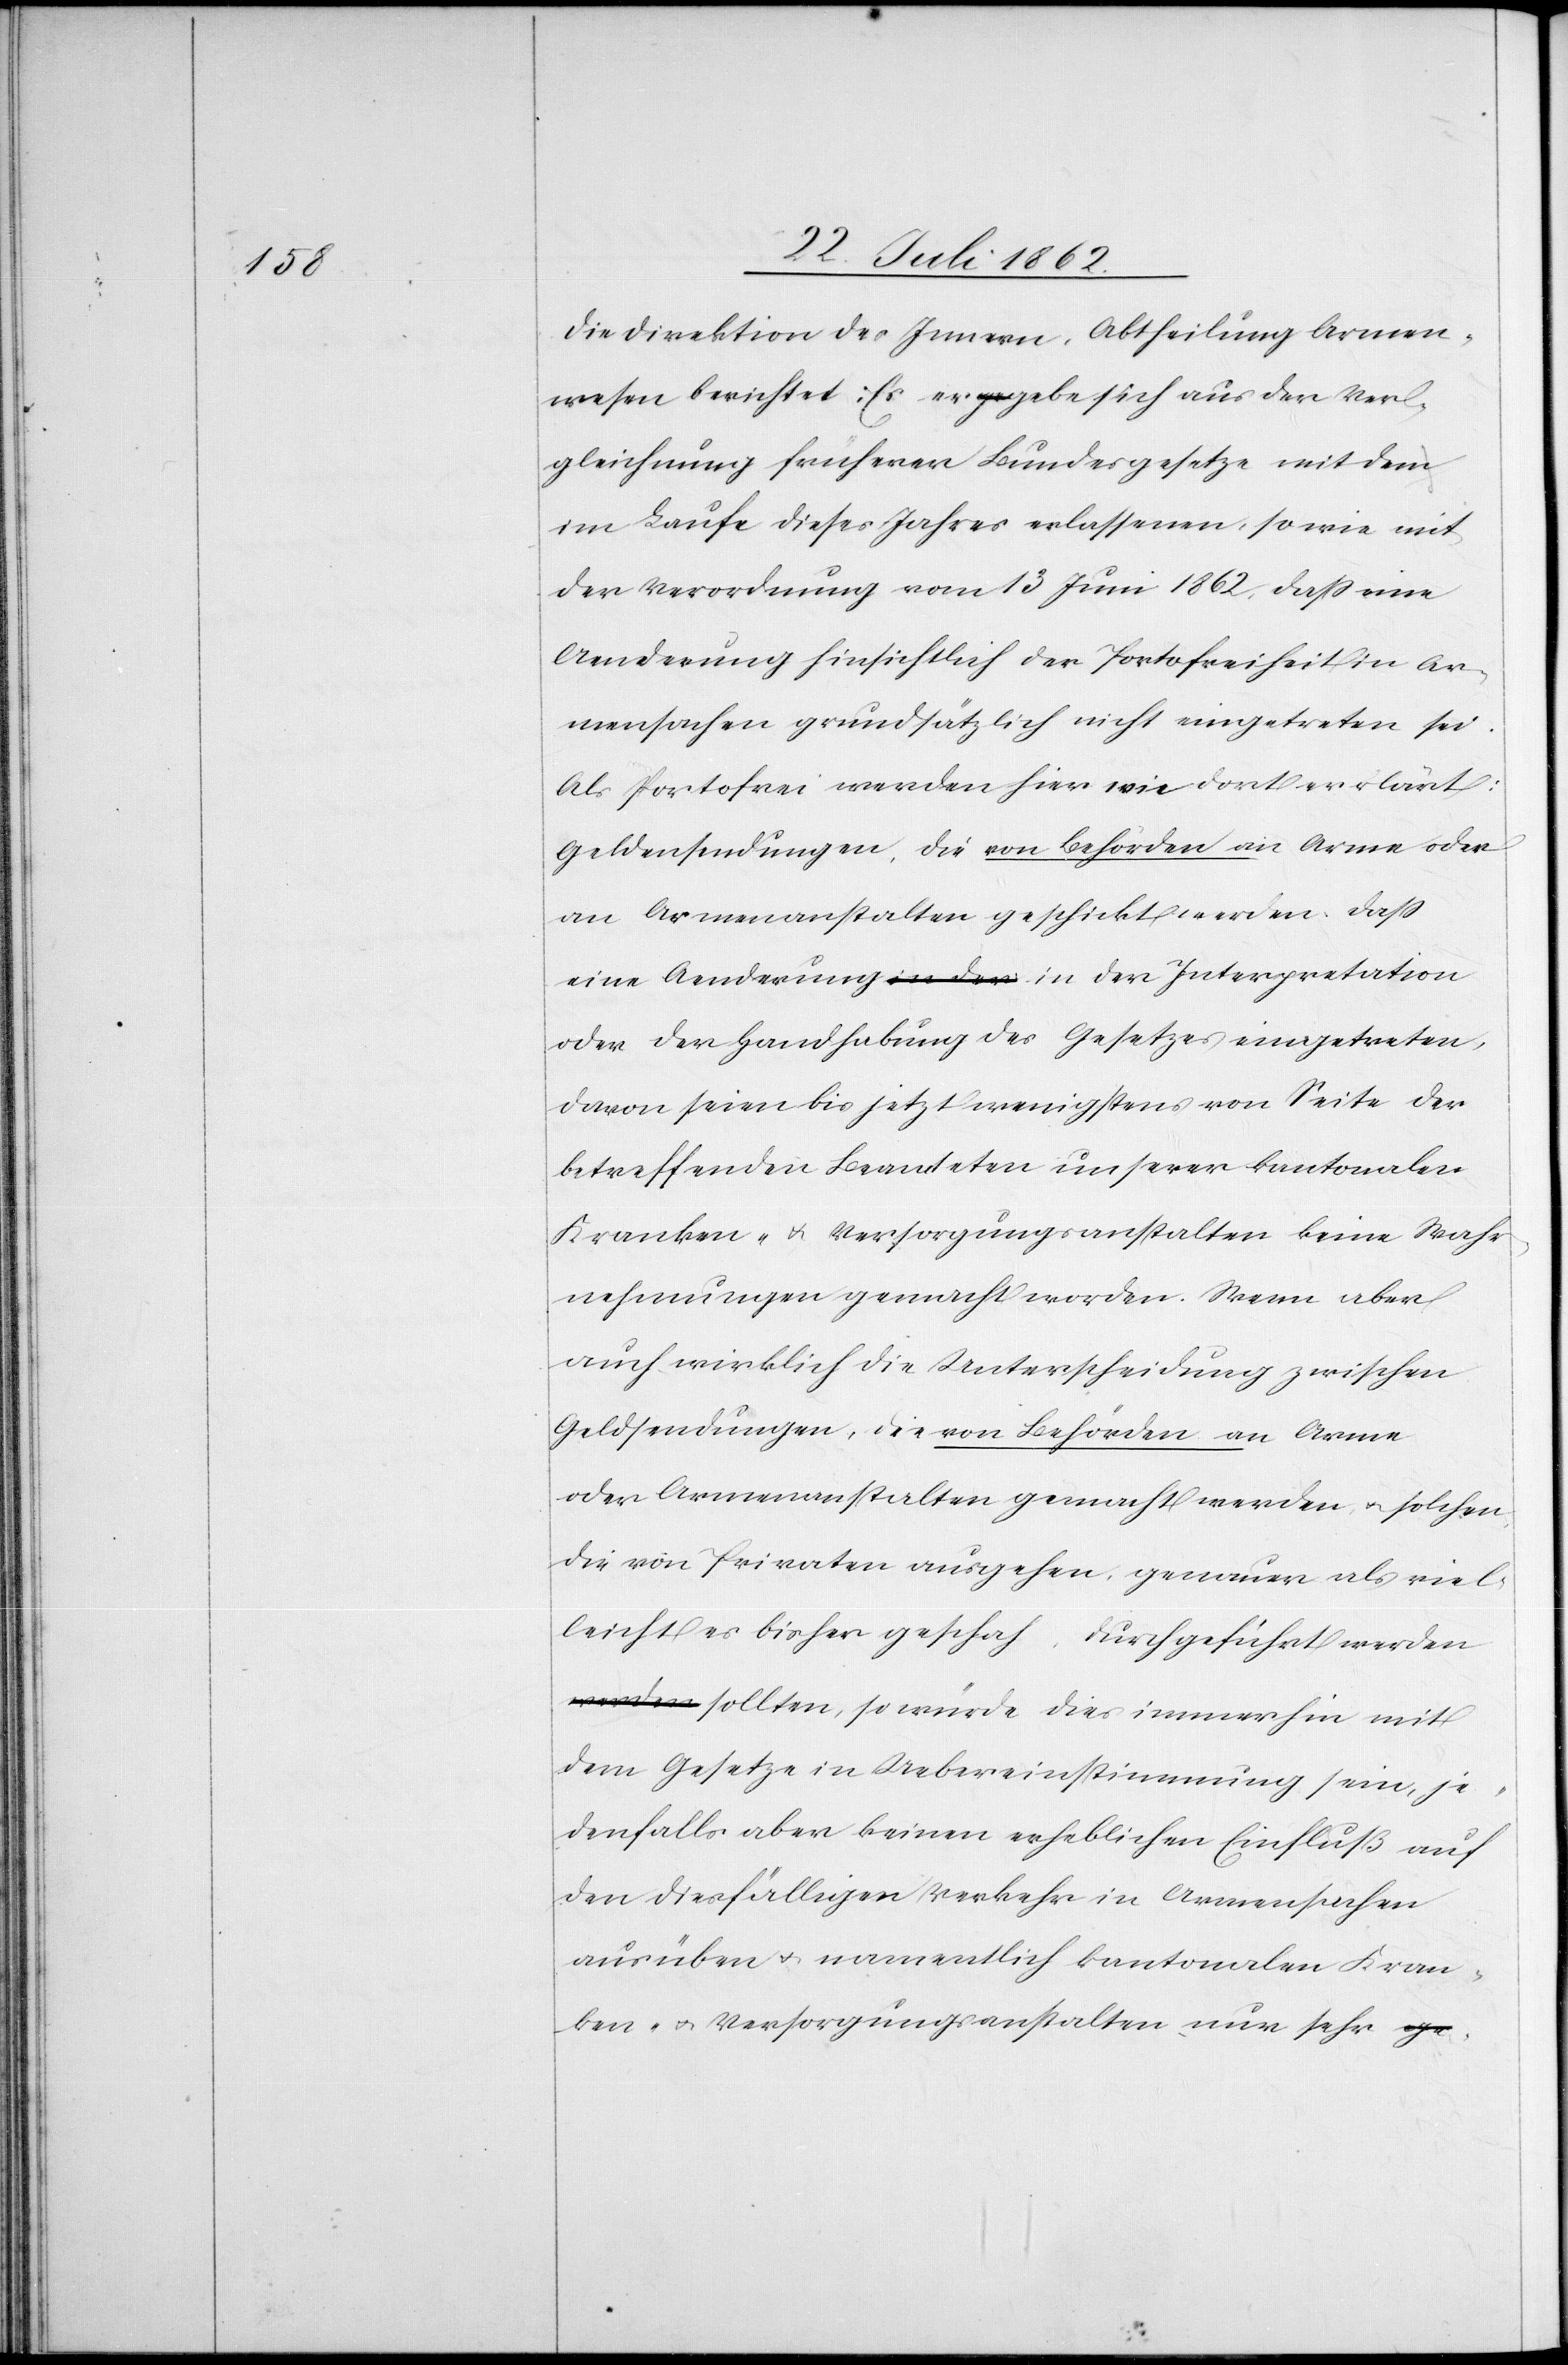
Die Direktion des Innern, Abtheilung Armen¬
wesen berichtet: Es ergebe sich aus der Ver¬
gleichung früherer Bundesgesetze mit dem
im Laufe dieses Jahres erlassenen, sowie mit
der Verordnung vom 13. Juni 1862, daß eine
Aenderung hinsichtlich der Portofreiheit in Ar¬
mensachen grundsätzlich nicht eingetreten sei.
Als Portofrei werden hier wie dort erklärt:
Geldersendungen, die von Behörden an Arme oder
an Armenanstalten geschickt werden. Daß
eine Aenderung in der Interpretation
oder der Handhabung des Gesetzes eingetreten,
davon seien bis jetzt wenigstens von Seite der
betreffenden Beamteten unserer kantonalen
Kranken- u. Versorgungsanstalten keine Wahr¬
nehmungen gemacht worden. Wenn aber
auch wirklich die Unterscheidung zwischen
Geldsendungen, die von Behörden an Arme
oder Armenanstalten gemacht werden, u. solchen
die von Privaten ausgehen, genauer als viel¬
leicht es bisher geschah, durchgeführt werden
sollten, so würde dies immerhin mit
dem Gesetze in Uebereinstimmung sein, je¬
denfalls aber keinen erheblichen Einfluß auf
den diesfälligen Verkehr in Armensachen
ausüben u. namentlich kantonalen Kran¬
ken- u. Versorgungsanstalten nur sehr